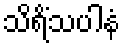
သိရိံသပါနံ